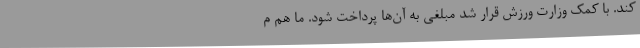
کند. با کمک وزارت ورزش قرار شد مبلغی به آن‌ها پرداخت شود. ما هم م